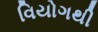
વિયોગથી